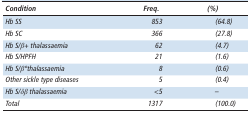
<table><thead><tr><td><b><i>Condition</i></b></td><td><b><i>Freq.</i></b></td><td><b><i>(%)</i></b></td></tr></thead><tbody><tr><td><i>Hb SS</i></td><td><i>853</i></td><td><i>(64.8)</i></td></tr><tr><td><i>Hb SC</i></td><td><i>366</i></td><td><i>(27.8)</i></td></tr><tr><td><i>Hb S/β+ thalassaemia</i></td><td><i>62</i></td><td><i>(4.7)</i></td></tr><tr><td><i>Hb S/HPFH</i></td><td><i>21</i></td><td><i>(1.6)</i></td></tr><tr><td><i>Hb S/β°thalassaemia</i></td><td><i>8</i></td><td><i>(0.6)</i></td></tr><tr><td><i>Other sickle type diseases</i></td><td><i>5</i></td><td><i>(0.4)</i></td></tr><tr><td><i>Hb S/δβ thalassaemia</i></td><td><i>&lt;5</i></td><td><i> –</i></td></tr><tr><td><i>Total</i></td><td><i>1317</i></td><td><i>(100.0)</i></td></tr></tbody></table>